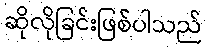
ဆိုလိုခြင်းဖြစ်ပါသည်